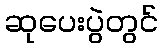
ဆုပေးပွဲတွင်